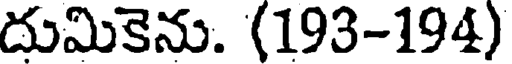
దుమికెను. (193-194)